Vaccination North-Western Provinces and Oudh 1878-1895 - 1878-1895
Year: 1878
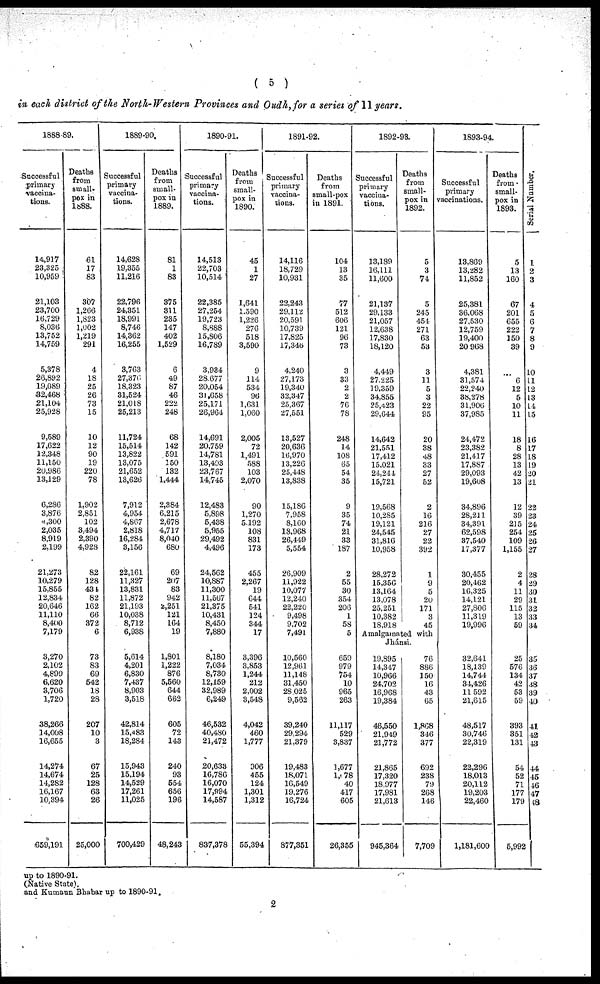
( 5 )
in each district of the North-Western Provinces and Oudh, for a series of 11 years.
1888-89.
Successful
primary
vaccina-
tions.
14,917
23,325
10,959
21,103
23,700
16,729
8,036
13,752
14,759
5,378
26,892
19,089
32,468
21,104
25,928
9,589
17,622
12,348
11,150
20,986
13,129
6,286
3,876
4,300
2,035
8,919
2,199
21,273
10,279
15,855
12,834
20,646
11,110
8,400
7,179
3,270
2,102
4,899
6,620
3,706
1,720
38,266
14,008
16,655
14,274
14,674
14,282
16,167
10,394
659,191
Deaths
from
small-
pox in
1888.
61
17
83
307
1,266
1,823
1,002
1,219
291
4
18
25
26
73
15
10
12
90
19
220
78
1,902
2,851
102
3,494
2,390
4,928
82
128
434
82
162
66
372
6
73
83
69
542
18
28
207
10
3
67
25
128
63
26
25,000
1889-90.
Successful
primary
vaccina-
tions.
14,628
19,355
11,216
22,796
24,351
18,991
8,746
14,362
16,255
3,763
27,376
18,323
31,524
21,018
25,213
11,724
15,514
13,822
13,075
21,652
13,626
7,912
4,954
4,807
2,818
16,284
3,156
22,161
11,327
13,831
11,872
21,193
10,038
8,712
6,938
5,614
4,201
6,830
7,437
8,903
3,518
42,814
15,483
18,284
15,943
15,194
14,529
17,261
11,025
700,429
Deaths
from
small-
pox in
1889.
81
1
83
375
311
235
147
402
1,529
6
49
87
46
222
248
68
142
591
150
132
1,444
2,384
6,215
2,678
4,717
8,040
680
69
207
83
942
25,251
121
164
19
1,801
1,222
876
5,560
644
662
605
72
143
240
93
554
656
196
48,243
1890-91.
Successful
primary
vaccina-
tions.
14,513
22,703
10,514
22,385
27,254
19,723
8,888
15,806
16,789
3,934
28,677
20,054
31,658
25,171
26,964
14,691
20,759
14,781
13,493
23,767
14,745
12,483
5,898
5,438
5,955
29,492
4,496
24,562
10,887
11,300
11,567
21,375
10,431
8,450
7,880
8,180
7,034
8,730
12,159
32,989
6,249
46,532
40,480
21,472
20,633
16,786
16,070
17,994
14,587
837,378
Deaths
from
small-
pox in
1890.
45
1
27
1,641
1,590
1,226
276
518
3,590
9
114
534
96
1,631
1,060
2,005
72
1,491
588
103
2,070
90
1,270
5,192
108
831
173
455
2,267
19
644
541
124
344
17
3,396
3,853
1,244
212
2,002
3,548
4,042
460
1,777
906
455
124
1,301
1,312
55,394
1891-92.
Successful
primary
vaccina-
tions.
14,116
18,729
10,931
22,243
29,112
20,591
10,739
17,825
17,346
4,240
27,173
19,340
32,347
25,367
27,551
13,527
20,636
16,970
13,226
25,448
13,838
15,186
7,958
8,160
18,968
26,449
5,554
26,909
11,922
10,077
12,240
22,220
9,498
9,702
7,491
10,560
12,961
11,148
31,450
28,025
9,562
39,240
29,294
21,379
19,483
18,071
16,549
19,276
16,724
877,351
Deaths
from
small-pox
in 1891.
104
13
35
77
512
606
121
96
73
3
33
2
2
76
78
248
14
108
65
54
35
9
35
74
21
33
187
2
55
30
354
206
1
58
5
659
979
754
10
965
263
11,117
529
3,837
1,677
1,078
40
417
605
26,355
1892-93.
Successful
primary
vaccina-
tions.
13,189
16,111
11,600
21,137
29,133
21,057
12,638
17,830
18,120
4,449
27,225
19,359
34,855
25,423
29,644
14,642
21,551
17,412
15,021
24,244
15,721
19,568
10,285
19,121
24,545
31,816
10,958
28,272
15,356
13,164
13,078
25,251
10,382
18,918
Deaths
from
small-
pox in
1892.
5
3
74
5
245
454
271
63
53
3
11
5
3
22
95
20
38
48
33
27
52
2
16
216
27
22
392
1
9
5
20
171
3
45
Amalgamated with
Jhánsi.
19,895
14,347
10,966
24,702
16,968
19,384
46,550
21,949
21,772
21,865
17,320
18,977
17,981
21,613
945,364
76
886
150
16
43
65
1,868
346
377
692
238
79
268
146
7,709
1893-94.
Successful
primary
vaccinations.
13,869
13,282
11,852
25,381
36,068
27,530
12,759
19,400
20,968
4,381
31,574
22,240
38,278
31,906
37,985
24,472
23,382
21,417
17,887
29,093
19,608
34,896
28,211
34,391
62,598
37,540
17,377
30,455
20,462
16,325
14,121
27,806
11,319
19,996
32,641
18,139
14,744
34,426
11,592
21,615
48,517
30,746
22,319
22,296
18,013
20,112
19,203
22,460
1,181,600
Deaths
from
small-
pox in
1893.
5
13
160
67
201
655
222
150
39
...
6
12
5
10
11
18
8
28
13
42
13
12
39
215
254
109
1,155
2
4
11
29
115
13
59
25
576
134
42
53
59
393
351
131
54
52
71
177
179
5,992
Serial Number.
1
2
3
4
5
6
7
8
9
10
11
12
13
14
15
16
17
18
19
20
21
22
23
24
25
26
27
28
29
30
31
32
33
34
35
36
37
48
39
40
41
42
43
44
45
46
47
48
up
to
1890-91.
(Native State).
and Kumaun Bhabar up to 1890-91.
2